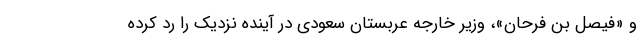
و «فیصل بن فرحان»، وزیر خارجه عربستان سعودی در آینده نزدیک را رد کرده